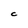
Character: C